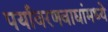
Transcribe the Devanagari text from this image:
पर्यावरणवाद्यांमध्ये